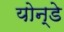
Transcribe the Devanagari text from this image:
योन्डे